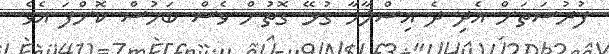
ފުރުސަތަށް އެދި ދެ އިސްލާހާ ގުޅޭ ގޮތުން ވެސް ބަހުސް ކޮށްފަ އެވެ.